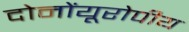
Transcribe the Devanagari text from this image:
दोनोंयूरोपीय